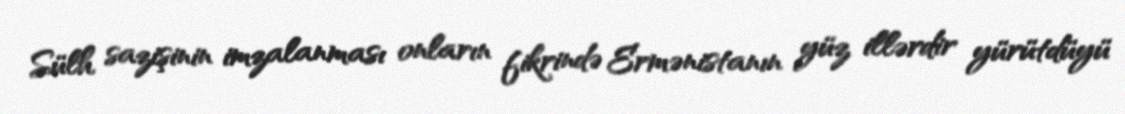
Sülh sazişinin imzalanması onların fikrində Ermənistanın yüz illərdir yürütdüyü